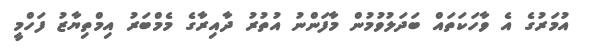
އުމަރުގެ އެ ވާހަކަތައް ބަދަލުވުމުން މާފަންނު އުތުރު ދާއިރާގެ މެމްބަރު އިމްތިޔާޒު ފަހްމީ